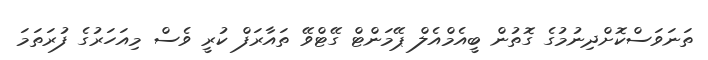
ތަނަވަސްކޮށްދިނުމުގެ ގޮތުން ބީއެމްއެލް ޕޭމަންޓް ގޭޓްވޭ ތައާރަފް ކުރީ ވެސް މިއަހަރުގެ ފުރަތަމަ